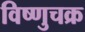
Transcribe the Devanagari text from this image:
विष्णुचक्र